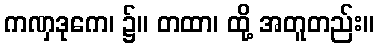
ကဏှဒုကေ၊ ၌။ တထာ၊ ထို့ အတူတည်း။